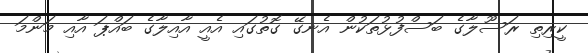
ކީރިތި ރަސޫލާގެ ބަސްފުޅުތަކުން އެނގޭ ގޮތުގައި އެއީ އާއިލާގެ ބައްޕަ އާއި މަންމަ